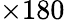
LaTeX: \times 180